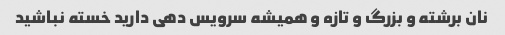
نان برشته و بزرگ و تازه و همیشه سرویس دهی دارید خسته نباشید